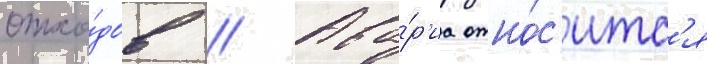
отхо́дов // Ава́р'иа отно́с'итс'я